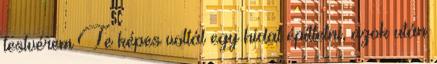
testvérem Te képes voltál egy hidat építtetni, azok után